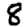
Digit: 8